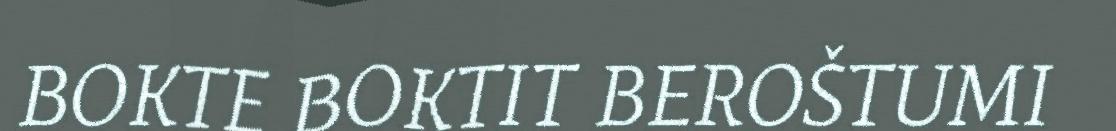
BOKTE BOKTIT BEROŠTUMI